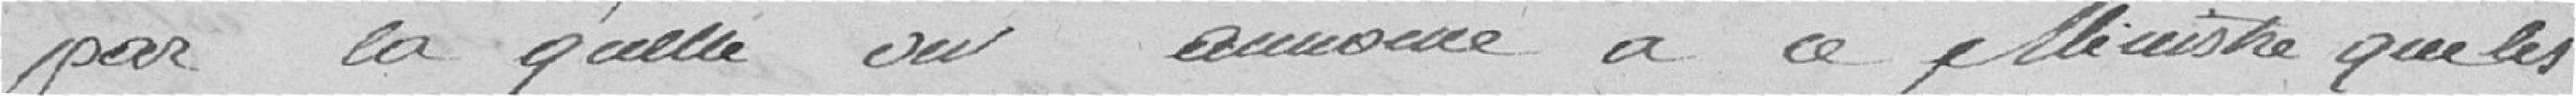
par laquelle on annonce à ce ministre que les